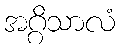
အဂ္ဂိသာလံ